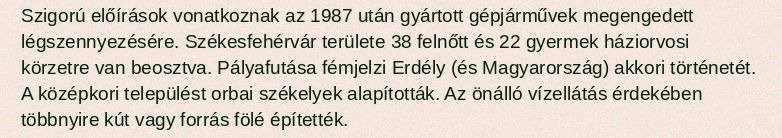
Szigorú előírások vonatkoznak az 1987 után gyártott gépjárművek megengedett légszennyezésére. Székesfehérvár területe 38 felnőtt és 22 gyermek háziorvosi körzetre van beosztva. Pályafutása fémjelzi Erdély (és Magyarország) akkori történetét. A középkori települést orbai székelyek alapították. Az önálló vízellátás érdekében többnyire kút vagy forrás fölé építették.